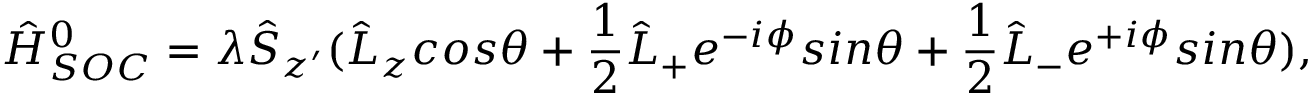
\hat { H } _ { S O C } ^ { 0 } = \lambda \hat { S } _ { z ^ { \prime } } ( \hat { L } _ { z } c o s \theta + \frac { 1 } { 2 } \hat { L } _ { + } e ^ { - i \phi } s i n \theta + \frac { 1 } { 2 } \hat { L } _ { - } e ^ { + i \phi } s i n \theta ) ,